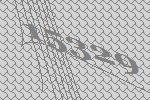
15329